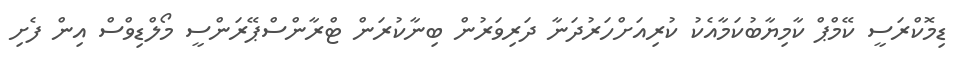
ޑިމޮކްރަސީ ކޭމްޕް ކާމިޔާބުކަމާއެކު ކުރިއަށްހަރުދަނާ ދަރިވަރުން ބިނާކުރަން ޓްރާންސްޕޭރަންސީ މޯލްޑިވްސް އިން ފެށި